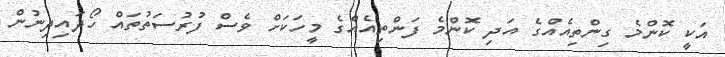
އަކީ ކޮންމެ ގިންތިއެއްގެ އަދި ކޮންމެ ފަންތިއެއްގެ މީހަކަށް ވެސް ފުރުސަތުތައް ހޯދައިދިނުން